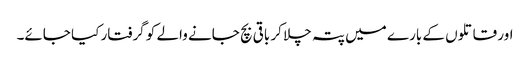
اور قاتلوں کے بارے میں پتہ چلا کر باقی بچ جانے والے کو گرفتار کیا جائے۔